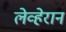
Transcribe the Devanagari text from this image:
लेव्हेरान